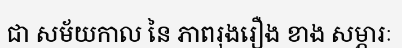
ជា សម័យកាល នៃ ភាពរុងរឿង ខាង សម្ភារៈ